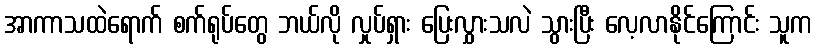
အာကာသထဲရောက် စက်ရုပ်တွေ ဘယ်လို လှုပ်ရှား ပြေးလွှားသလဲ သွားပြီး လေ့လာနိုင်ကြောင်း သူက